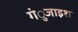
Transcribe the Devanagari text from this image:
गंुजाइश